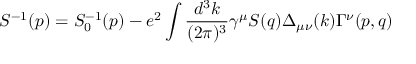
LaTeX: S ^ { - 1 } ( p ) = S _ { 0 } ^ { - 1 } ( p ) - e ^ { 2 } \int \frac { d ^ { 3 } k } { ( 2 \pi ) ^ { 3 } } \gamma ^ { \mu } S ( q ) \Delta _ { \mu \nu } ( k ) \Gamma ^ { \nu } ( p , q )